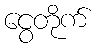
ငွေတိုက်